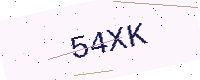
Text: 54XK